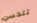
تتحسن